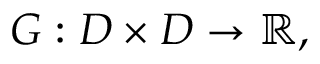
G : D \times D \to \mathbb { R } ,